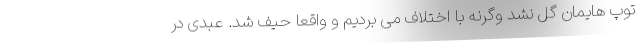
توپ هایمان گل نشد وگرنه با اختلاف می بردیم و واقعا حیف شد. عبدی در